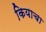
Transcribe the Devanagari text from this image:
कियाचा